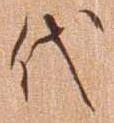
代